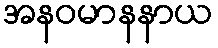
အနဝမာနနာယ